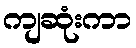
ကျဆုံးကာ